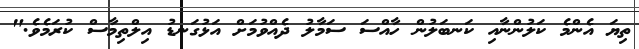
ތިޔަ އެންމެ ކަލުންނާއި ކަނބަލުން ހާއްސަ ސަމާލު ދެއްވުމަށް އަޅުގަނޑު އިލްތިމާސް ކުރަމެވެ."